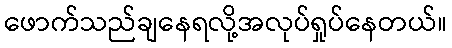
ဖောက်သည်ချနေရလို့အလုပ်ရှုပ်နေတယ်။